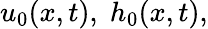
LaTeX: u_{0}(x,t),\; h_{0}(x,t),